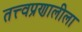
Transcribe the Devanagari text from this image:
तत्त्वप्रणालीला